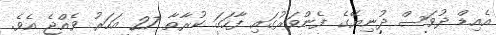
އެއިޑް ދުވަސް ދުނިޔޭގެ ފެންވަރުގައި ފާހަގަ ކުރާތާ 27 އަހަރު ވެއްޖެ އެވެ.